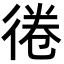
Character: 𢔑